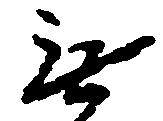
無